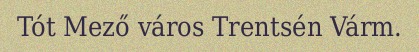
Tót Mező város Trentsén Várm.